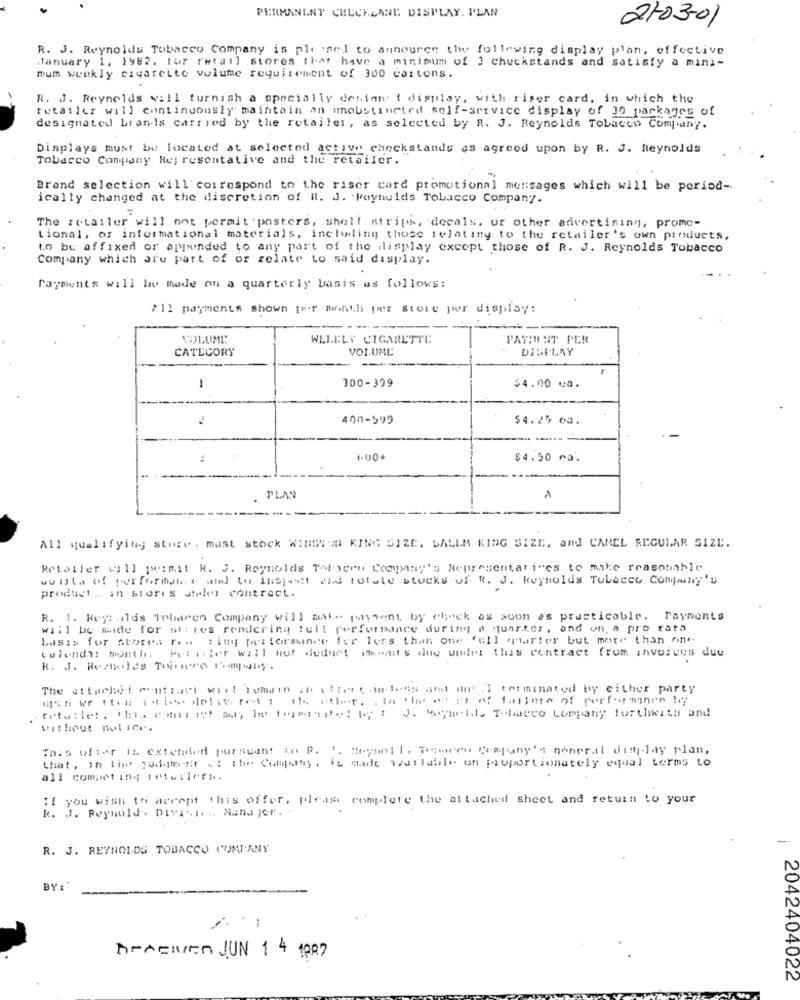
PERMANENT CHECKLANE DISPLAY. PLAN
2703-01
R. J. Reynolds Tobacco Company is pleased to announce the following display plan, effective
January 1, 1982, for retail stores that have a minimum of ) chuckstands and satisfy a mini-
mum weekly cigarette volume requirement of 300 cartons.
R. J. Reynolds vill furnish a specially denian' { display, with riser card, in which the
tetaller will continuously maintain an mobstineted self-service display of 30 packages of
designated bianis carried by the retailer, as selected by R. J. Reynolds Tobacco Company.
Displays must be located at selected active checkstands as agreed upon by R. J. Reynolds
Tobacco Company Representative and the retailer.
Brand selection will correspond to the riser card promotional messages which will be period-
ically changed at the discretion of it. J. Reynolds Tobacco Company.
-
The retailer will not permit posters, shell strips, decals, or other advertising, promo-
tional, or informational materials, including those relating to the retailer's own pirducts,
to bu affixed or anyminded to any part of the display except those of R. J. Reynolds Tobacco
Company which are part of or relate to said display.
Payments will be made on a quarterly basis as follows:
>11 payments shown [Her month pet store per display:
VOLUME:
WELELY CIGARETTE
PATIENT PER
CATEGORY
VOLUME
DISPLAY
300-399
1
$4.00 va.
400-599
$4.25 ea.
1.00+
$4.50 no.
PLAY
1
All qualifying store. must stock WINDION KING SIZE, SALLA KING SIZE, and CAMEL REGULAR SIZE.
Retailer will permit R. J. Reynolds Totheen Company's Representatives to make reasonable
wwitte of performance and to inspect wind totale stocks of R. J. Reynolds Tobacco Company's
product. in stores deler contract.
R. 1. Rey: ilds Tobaren Company will make payment by check as soon as practicable. Payments
will be mide for siires rendering full performance during a quarter, and on a pro rata
Losis for stores rea ting performance for less than one full quarter but more than one
Pel iler will hof duduet iconit's due umdet this contract from invoices due
R. J. Remnoles Toimmero Pompaly.
The attached montiert what ismain an offert in-lhes and ani terminated by either party
4st vr the tis. detiverrat she eler. . to the cost of future of performance by
tetu: let, tlai conti 12! may lie the:if! (, : J. Mayi'll, Tobacco company forthwith and
without notice.
Taas ofter is extended pursuant to P. 1. Boyunll, Temcen Company's gonertl display plan,
that, in lime judgment of the Company, io made available on proportionately equal terms to
all competing iets:ieri ..
If you wish to accept this offer, please complete the attached sheet and return to your
k. J. Reynolds DIVI .. I. .. Nans jor . .
--
R. J. REYNOLDS TOBACCO COMPANY
BY:
APREWen JUN 1 4 (AA)
2042404022